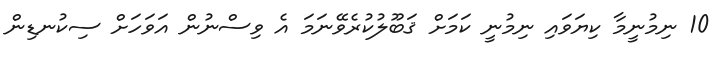
10 ނިމުނީމާ ކިޔަވައި ނިމުނީ ކަމަށް ޤަބޫލުކުރެވޭނަމަ އެ ވިސްނުން އަވަހަށް ސިކުނޑިން